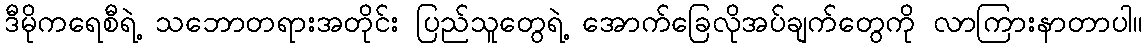
ဒီမိုကရေစီရဲ့ သဘောတရားအတိုင်း ပြည်သူတွေရဲ့ အောက်ခြေလိုအပ်ချက်တွေကို လာကြားနာတာပါ။